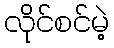
လိုင်စင်မဲ့